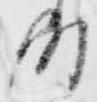
時